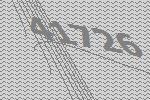
41726